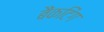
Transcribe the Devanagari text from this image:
बैंकटिंग